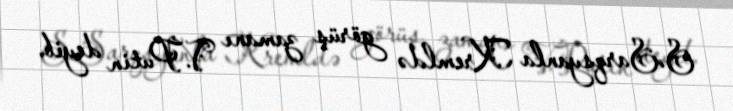
S.Sarqsyanla Kremldə görüş zamanı V.Putin deyib.